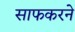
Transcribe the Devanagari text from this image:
साफकरने